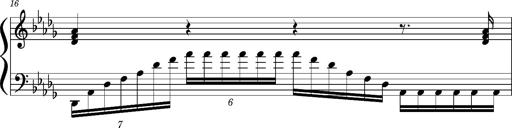
Title: Concerto sans orchestre, S.524a
Composer: Franz Liszt
Key: A major